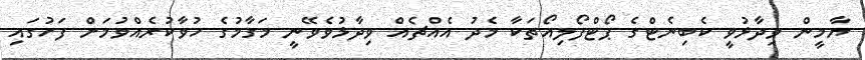
ޔާމީން ވިދާޅުވީ ކެބިނެޓްގެ ޕޯޓްފޯލިއޯތަކާ މެދު އެއްޗެއް ވިދާޅުވެވޭނީ މަގާމުގެ ހުވާކުރެއްވުމަށް ފަހުގައި